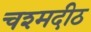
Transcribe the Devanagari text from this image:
चश्मदीठ